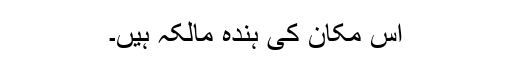
اس مکان کی ہندہ مالکہ ہیں۔